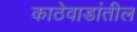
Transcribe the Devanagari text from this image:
काठेवाडांतील